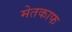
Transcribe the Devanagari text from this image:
मेतकाफ